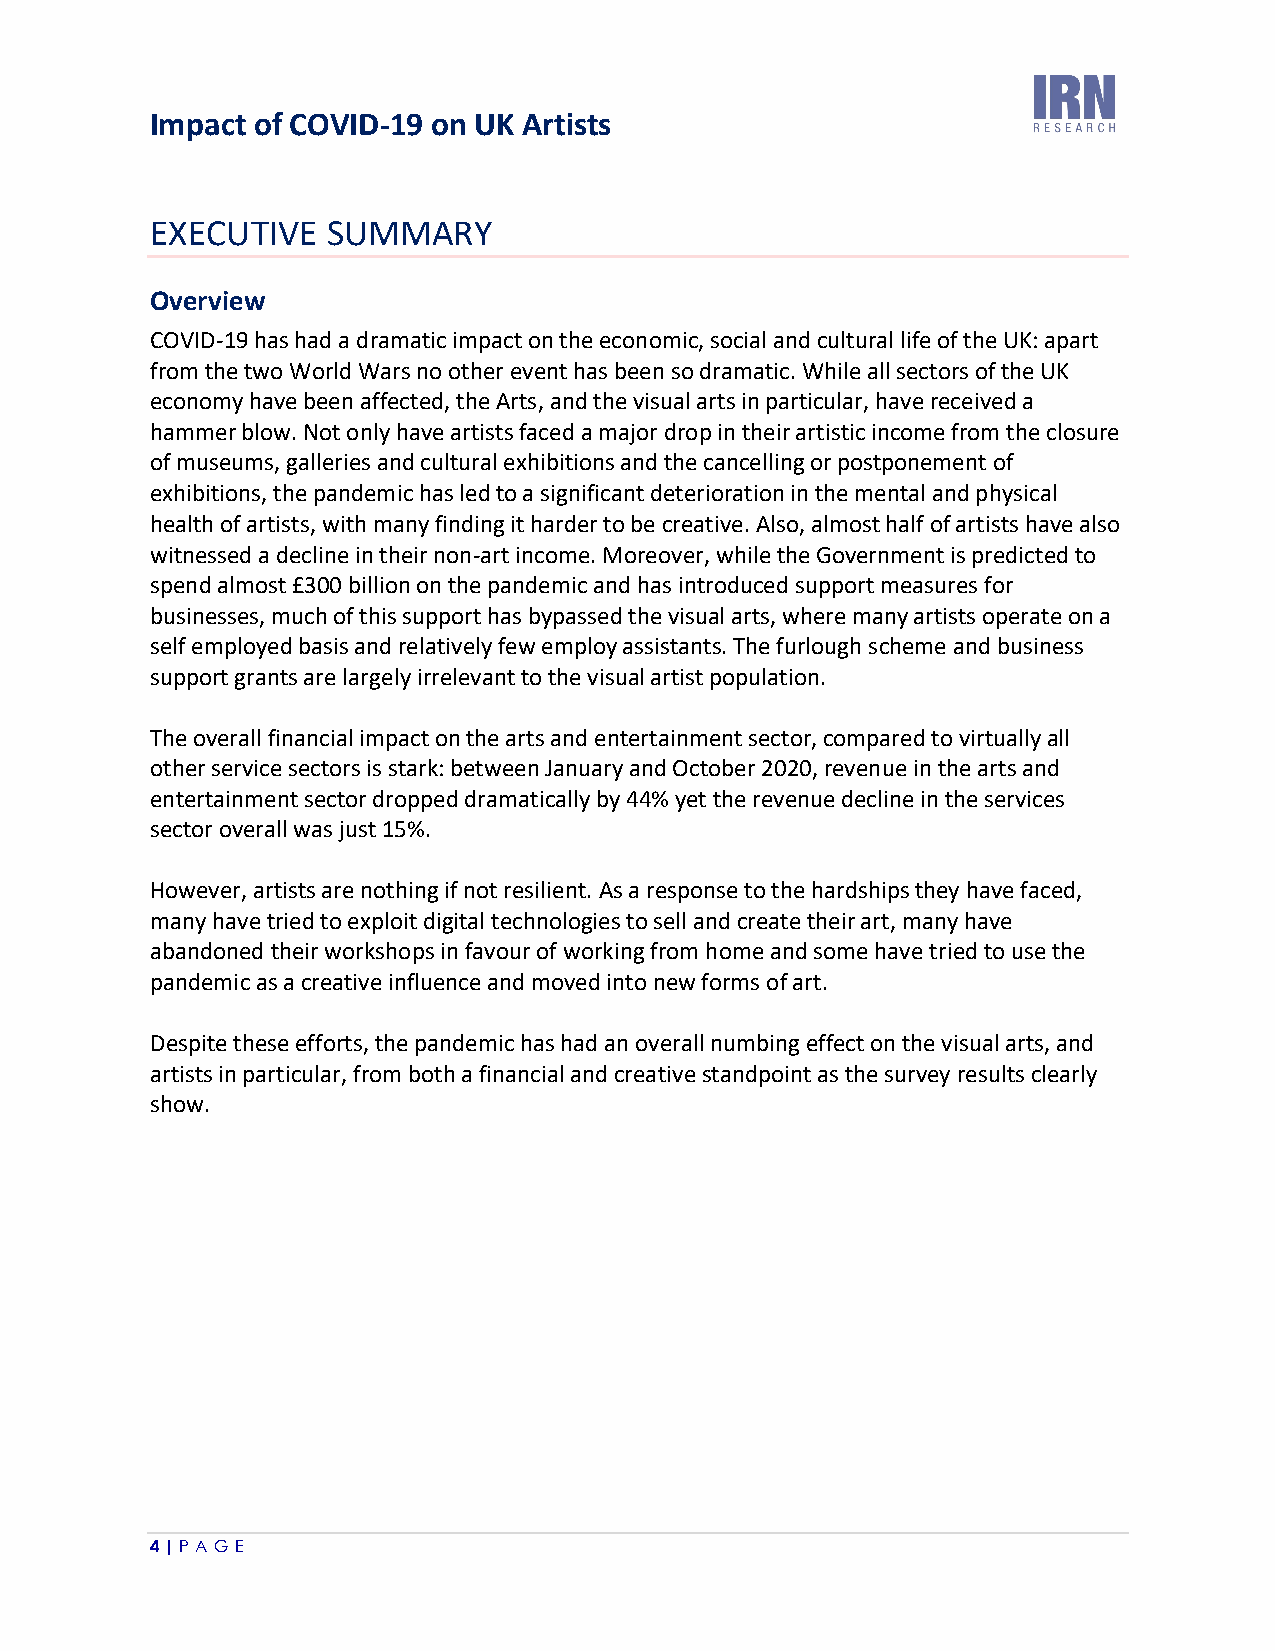
Impact of COVID-19 on UK Artists
 EXECUTIVE   SUMMARY
 Overview
 COVID-19 has had a dramatic impact on the economic, social and cultural life of the UK: apart
 from the two World Wars no other event has been so dramatic. While all sectors of the UK
 economy have been affected, the Arts, and the visual arts in particular, have received a
 hammer blow. Not only have artists faced a major drop in their artistic income from the closure
 of museums, galleries and cultural exhibitions and the cancelling or postponement of
 exhibitions, the pandemic has led to a significant deterioration in the mental and physical
 health of artists, with many finding it harder to be creative. Also, almost half of artists have also
 witnessed a decline in their non-art income. Moreover, while the Government is predicted to
 spend almost £300 billion on the pandemic and has introduced support measures for
 businesses, much of this support has bypassed the visual arts, where many artists operate on a
 self employed basis and relatively few employ assistants. The furlough scheme and business
 support grants are largely irrelevant to the visual artist population.
 The overall financial impact on the arts and entertainment sector, compared to virtually all
 other service sectors is stark: between January and October 2020, revenue in the arts and
 entertainment sector dropped dramatically by 44% yet the revenue decline in the services
 sector overall was just 15%.
 However, artists are nothing if not resilient. As a response to the hardships they have faced,
 many have tried to exploit digital technologies to sell and create their art, many have
 abandoned their workshops in favour of working from home and some have tried to use the
 pandemic as a creative influence and moved into new forms of art.
 Despite these efforts, the pandemic has had an overall numbing effect on the visual arts, and
 artists in particular, from both a financial and creative standpoint as the survey results clearly
 show.
 4 | P A G E